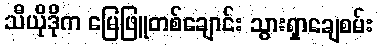
သီယိုဒိုက မြေဖြူတစ်ချောင်း သွားရှာချေစမ်း